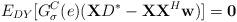
LaTeX: \begin{align*}E_{DY}[G^{C}_{\sigma}(e) (\textbf{X}D^* - \textbf{XX}^{H}\textbf{w}) ] = \textbf{0}\end{align*}